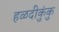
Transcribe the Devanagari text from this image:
हळदीकुंकु